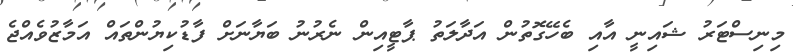
މިނިސްޓަރު ޝައިނީ އާއި ބެހޭގޮތުން އަދާލަތު ޕާޓީއިން ނެރުނު ބަޔާނަށް ފާޑުކިޔުންތައް އަމާޒުވެއްޖެ